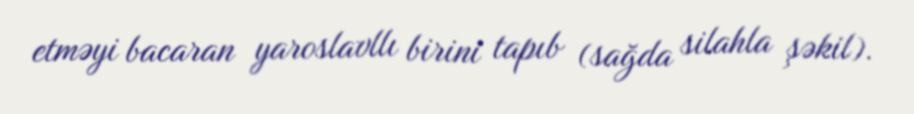
etməyi bacaran yaroslavllı birini tapıb (sağda silahla şəkil).